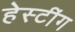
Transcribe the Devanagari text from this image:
हेस्टींग